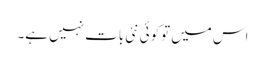
اس میں توکوئی نئی بات نہیں ہے۔